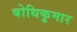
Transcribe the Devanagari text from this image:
बोधिकुमार